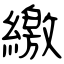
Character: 繳